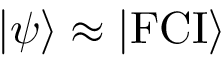
| \psi \rangle \approx | \mathrm { F C I } \rangle